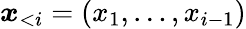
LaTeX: \boldsymbol x_{<i}=(x_{1},\dots,x_{i-1})